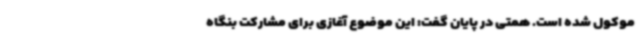
موکول شده است. همتی در پایان گفت: این موضوع آغازی برای مشارکت بنگاه